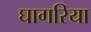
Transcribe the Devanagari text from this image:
घागरिया